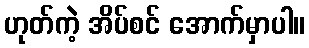
ဟုတ်ကဲ့ အိပ်စင် အောက်မှာပါ။